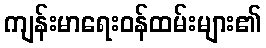
ကျန်းမာရေးဝန်ထမ်းများ၏